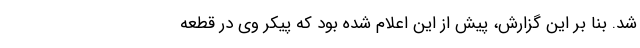
شد. بنا بر این گزارش، پیش از این اعلام شده بود که پیکر وی در قطعه